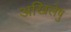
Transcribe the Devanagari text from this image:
अखिलेषु